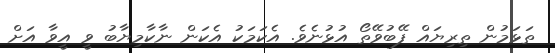
ތަޅަމުން ތިރިޔައް ފޭބުވޭތޯ އުޅުނެވެ. އެކަމަކު އެކަން ނާކާމިޔާބު ވީ އީވާ އަށް